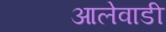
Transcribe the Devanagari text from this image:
आलेवाडी